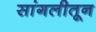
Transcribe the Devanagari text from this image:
सांगलीतून